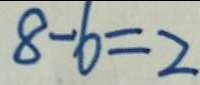
8 - 6 = 2